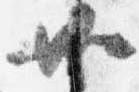
共